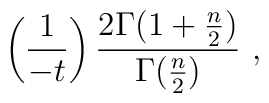
\left ({1\over -t}\right )  {2\Gamma (1+ {n \over 2}) \over\Gamma ({n\over 2})} ~,